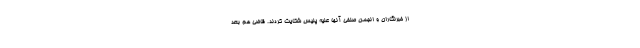
از خبرنگاران و انجمن صنفی آنها علیه پلیس شکایت کردند. قاضی هم بعد